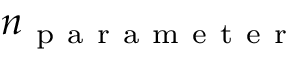
n _ { \mathrm { ~ p ~ a ~ r ~ a ~ m ~ e ~ t ~ e ~ r ~ } }